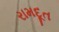
રામદૂત